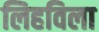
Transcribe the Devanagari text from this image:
लिहविला